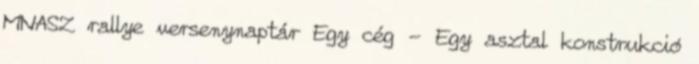
MNASZ rallye versenynaptár Egy cég - Egy asztal konstrukció